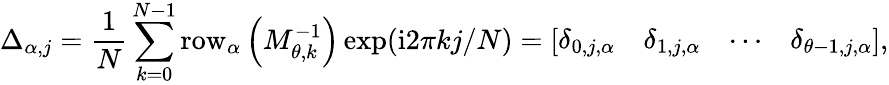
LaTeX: \Delta_{\alpha,j}=\frac{1}{N}\sum_{k=0}^{N-1}\mathrm{row}_{\alpha}\left(M_{\theta,k}^{-1}\right)\exp(\mathrm{i}2\pi kj/N)=\left[\begin{array}{llll}{\delta_{0,j,\alpha}}&{\delta_{1,j,\alpha}}&{\cdots}&{\delta_{\theta-1,j,\alpha}}\end{array}\right],